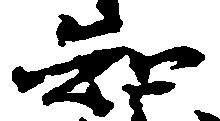
知